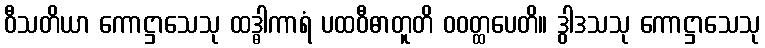
ဝီသတိယာ ကောဋ္ဌာသေသု ထဒ္ဓါကာရံ ပထဝီဓာတူတိ ဝဝတ္ထပေတိ။ ဒွါဒသသု ကောဋ္ဌာသေသု